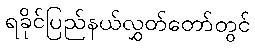
ရခိုင်ပြည်နယ်လွှတ်တော်တွင်